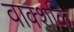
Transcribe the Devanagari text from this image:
वाक्शकि